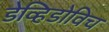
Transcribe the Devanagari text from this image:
डेव्हिडोविच